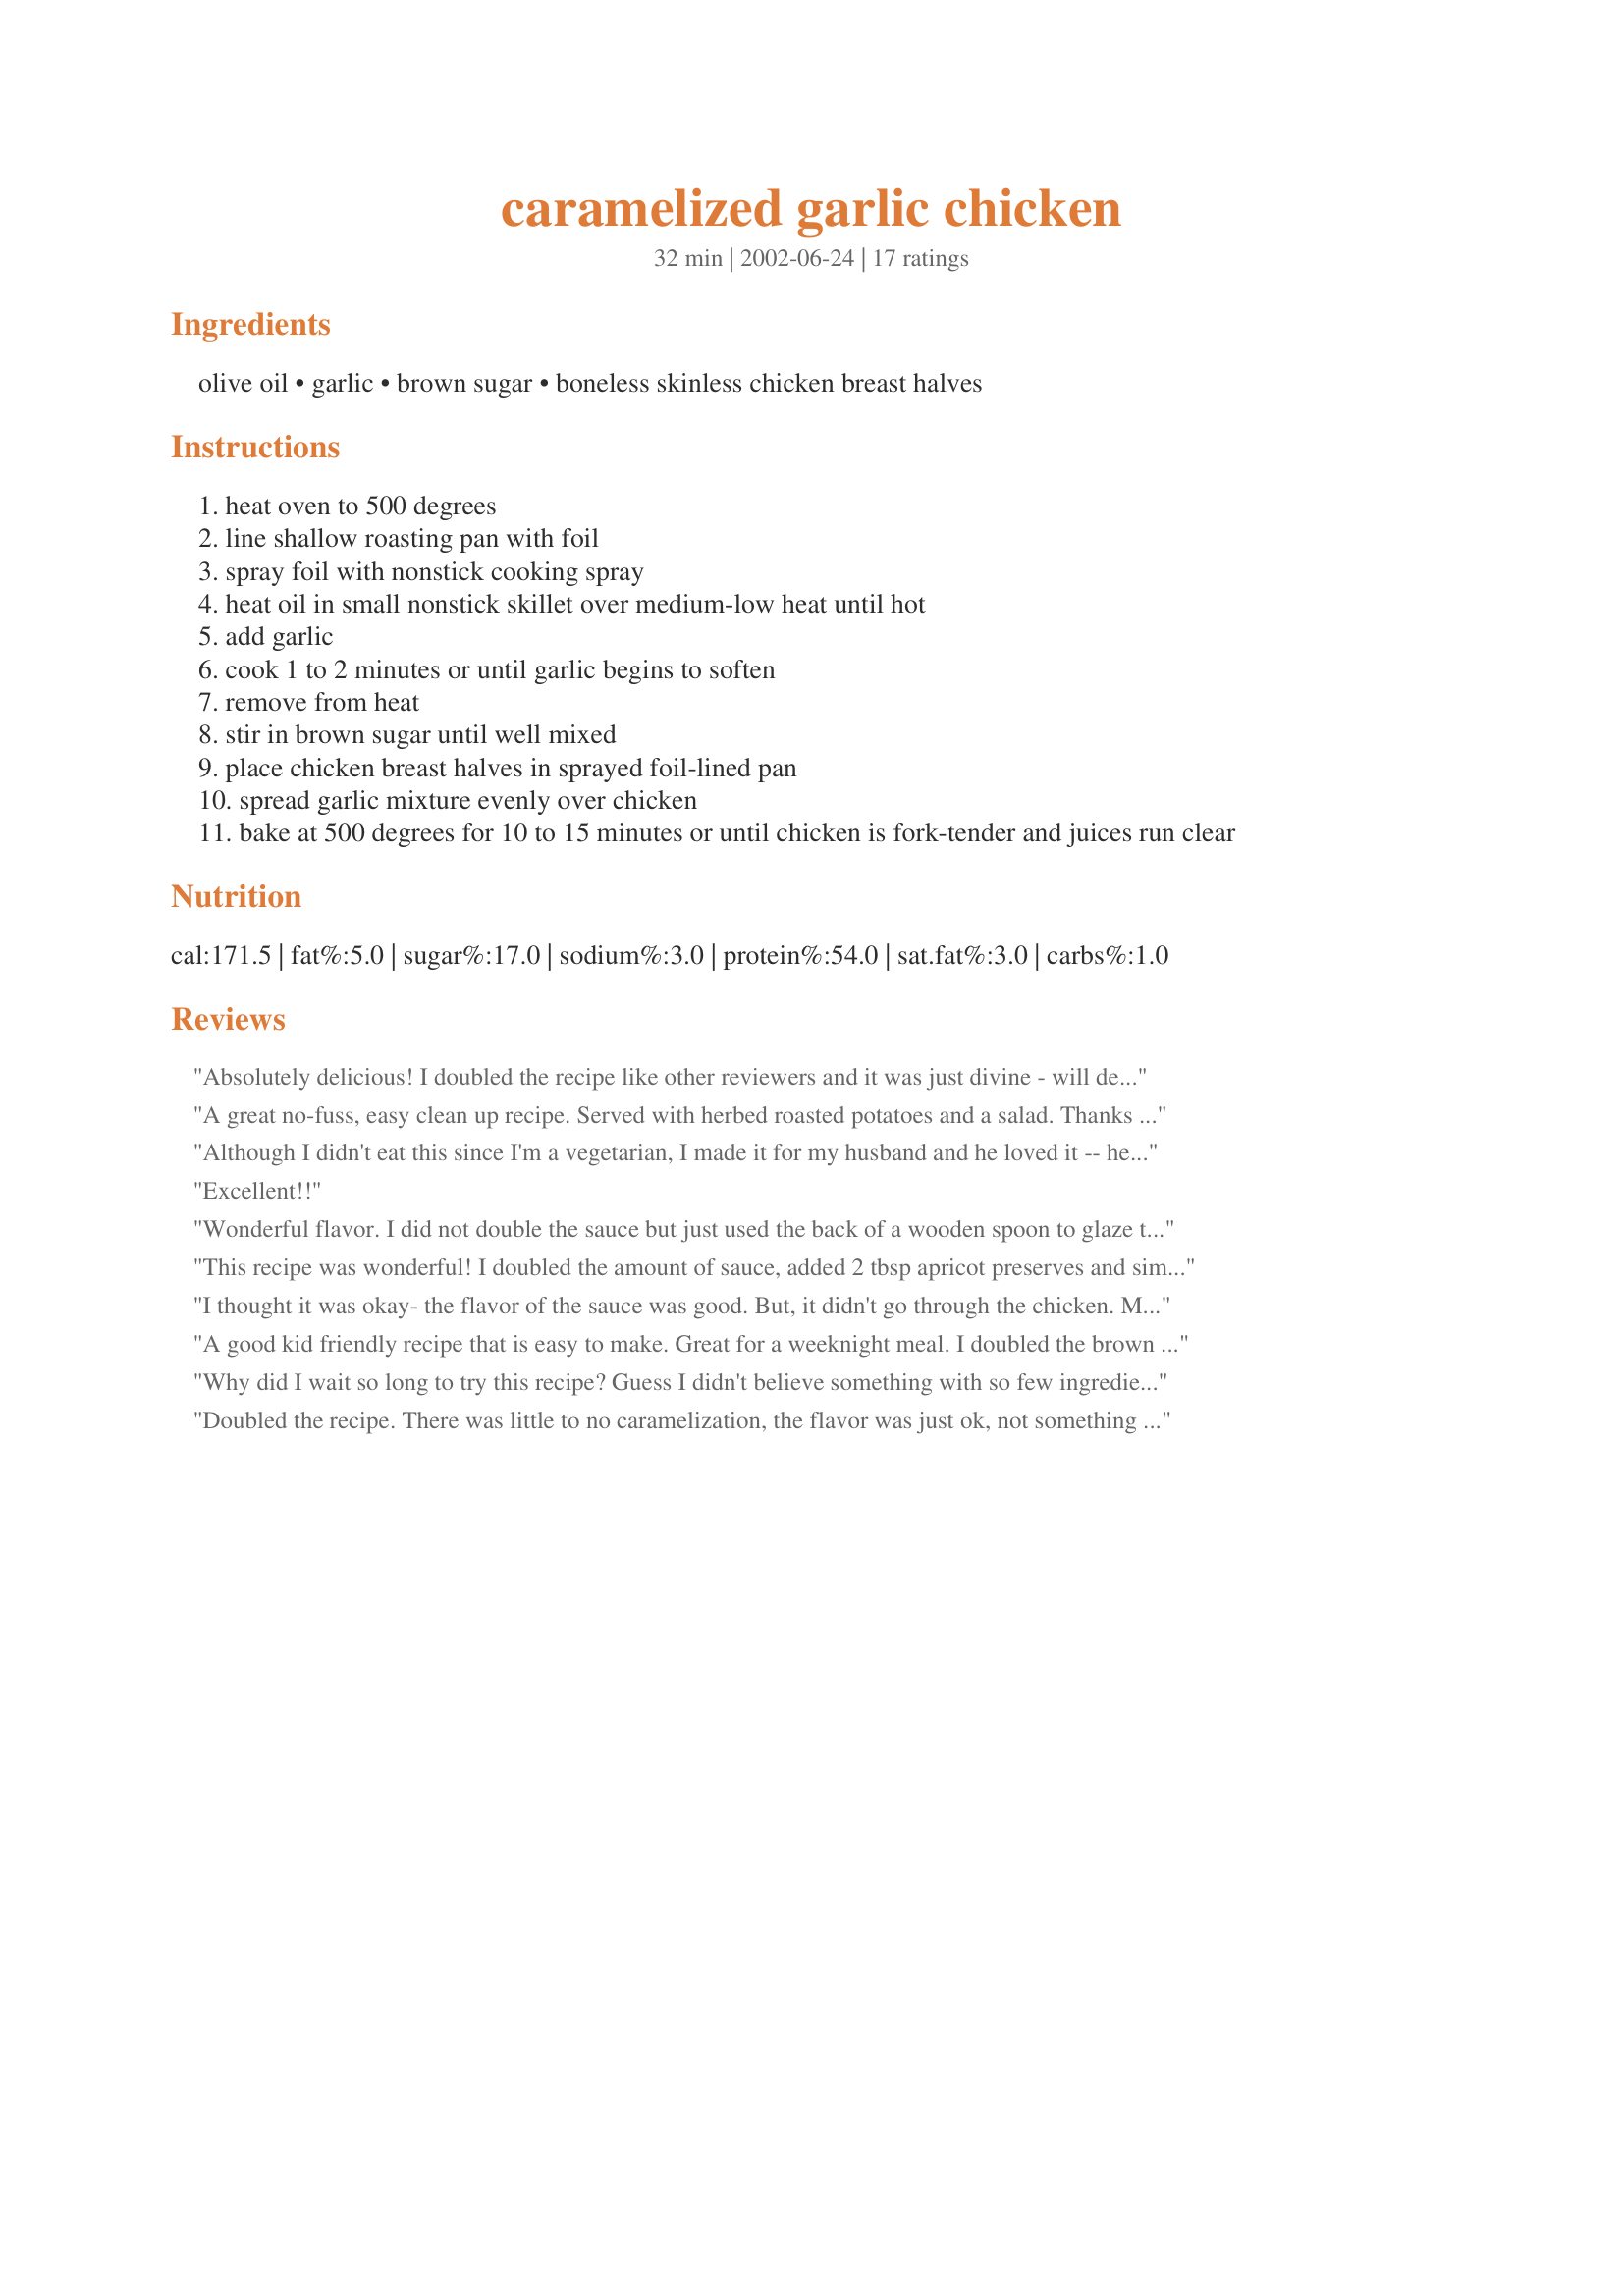
caramelized garlic chicken
Preparation time: 32 minutes

Ingredients:
olive oil, garlic, brown sugar, boneless skinless chicken breast halves

Steps:
heat oven to 500 degrees
line shallow roasting pan with foil
spray foil with nonstick cooking spray
heat oil in small nonstick skillet over medium-low heat until hot
add garlic
cook 1 to 2 minutes or until garlic begins to soften
remove from heat
stir in brown sugar until well mixed
place chicken breast halves in sprayed foil-lined pan
spread garlic mixture evenly over chicken
bake at 500 degrees for 10 to 15 minutes or until chicken is fork-tender and juices run clear

Reviews:
Absolutely delicious! I doubled the recipe like other reviewers and it was just divine - will definitely be making this one again - THANKS :)
A great no-fuss, easy clean up recipe. Served with herbed roasted potatoes and a salad. Thanks for posting :) JenT
Although I didn't eat this since I'm a vegetarian, I made it for my husband and he loved it -- he gives it 5 stars. I doubled the olive oil, garlic, and brown sugar as suggested by others.
Excellent!!
Wonderful flavor. I did not double the sauce but just used the back of a wooden spoon to glaze the chicken breasts. We served green beans and beets on the side.
This recipe was wonderful! I doubled the amount of sauce, added 2 tbsp apricot preserves and simmered in the crock pot for 2 hours. My friends all loved it and I'll be making it many many times over. Sweet and yummy!!!
I thought it was okay- the flavor of the sauce was good. But, it didn't go through the chicken. My dh is not a fan of sweet meat.Maybe next time I will leave out the sugar. Thank you
A good kid friendly recipe that is easy to make. Great for a weeknight meal. I doubled the brown sugar; the chicken carmelized well. It is imperative that you line the roasting pan with foil otherwise you will have a terrible mess of blackened, carmelized sugar to clean out.
Why did I wait so long to try this recipe? Guess I didn't believe something with so few ingredients (and so easy!) could be so good. Like others, I doubled the sauce ingredients. The end result was terrific and I'll be making this one quite often.
Doubled the recipe. There was little to no caramelization, the flavor was just ok, not something I would make again. The chicken was moist, though, and it was very quick.
Very tasty. I didn't double the sauce, but It was still flavorful and I think next time I will definitely double it.
Quick, easy, and very very good! I served this with some cous cous, broccoli, and a salad and everyone raved about it! We will definitely have this again.
I recommend doubling the recipe so you have more sauce.
Quick and easy! I'll be making it again for sure!
I used this recipe to make 2 servings but kept the amount of ingredients other than chicken the same and added the vodka recommended in one of the other reviews. The garlic got very brown very quickly in the pan and burnt a bit when the dish was in the oven, but we scraped the worst of it off and the dish was otherwise very good. The sauce was tasty and the chicken, cooked at such a high temperature remained very moist.
On a scale of 1-10 (with 10 being the best), Chris (my BF) gave this a 20 !! We used 4 chicken thighs, cause we didn't have any breasts, but they couldn't have turned out more wonderful or delicious!! I doubled the sauce, and man, oh, man!! Not one bite of leftovers for tomorrow !
(Chris ate three by himself! one little thigh for me...sniff sniff!) Sauce tastes great over my rice pilaf..THANK YOU for this recipe!! Chris has already made me promise to make this again..SOON!! 
thanks again! Teresa
Simple easy, quick & delicious what more can you ask from a recipe. I agree with the comments that a bit more sauce would be nice and as I did not want to add more sugar I added 4 tbsp vodka to the sugar mixture and baked them at a lower temperature (to co-ordinate the timing with the other dishes I was baking) then finished them under the broiler, beautiful carmelized color. I also added more garlic (personal preference). I served the chicken with baked potatoes stuffed with sundried tomatoes and Feta cheese, new carrots and baked baby onions and a small green salad - wonderful Sunday dinner - Thanks Dancer for another great recipe
